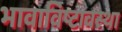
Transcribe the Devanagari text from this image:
भावाविष्टावस्था